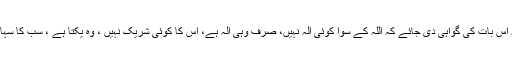
اب جہاں تک عوام کی توحید کا تعلق ہے تو وہ بس یہ ہے کہ اِس بات کی گواہی دی جائے کہ اللہ کے سوا کوئی الٰہ نہیں، صرف وہی الٰہ ہے، اُس کا کوئی شریک نہیں ، وہ یکتا ہے ، سب کا سہارا ہے، وہ نہ باپ ہے، نہ بیٹا اور نہ اُس کا کوئی ہم سر ہے۔